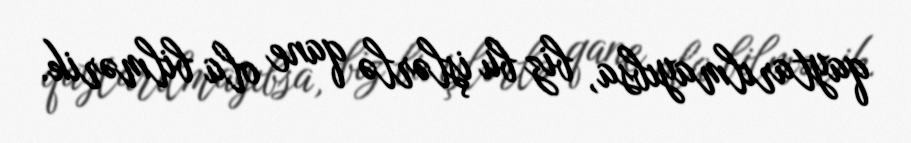
qaytarılmayıbsa, biz bu işlərlə qane ola bilmərik.